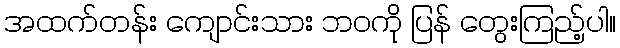
အထက်တန်း ကျောင်းသား ဘဝကို ပြန် တွေးကြည့်ပါ။